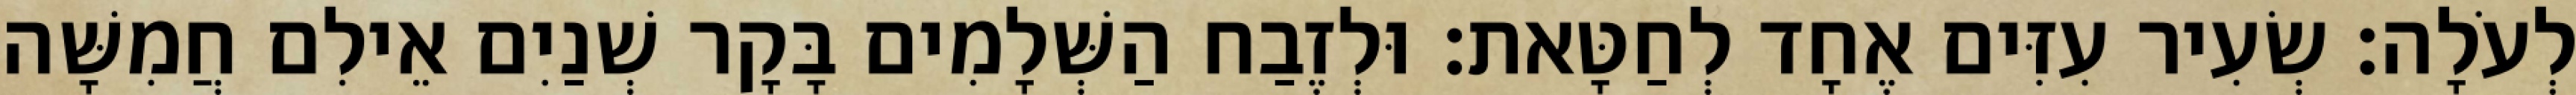
לְעֹלָה׃ שְׂעִיר עִזִּים אֶחָד לְחַטָּאת׃ וּלְזֶבַח הַשְּׁלָמִים בָּקָר שְׁנַיִם אֵילִם חֲמִשָּׁה